King Institute of Preventive Medicine Micro-Biological Section reports 1909-11
Year: 1909
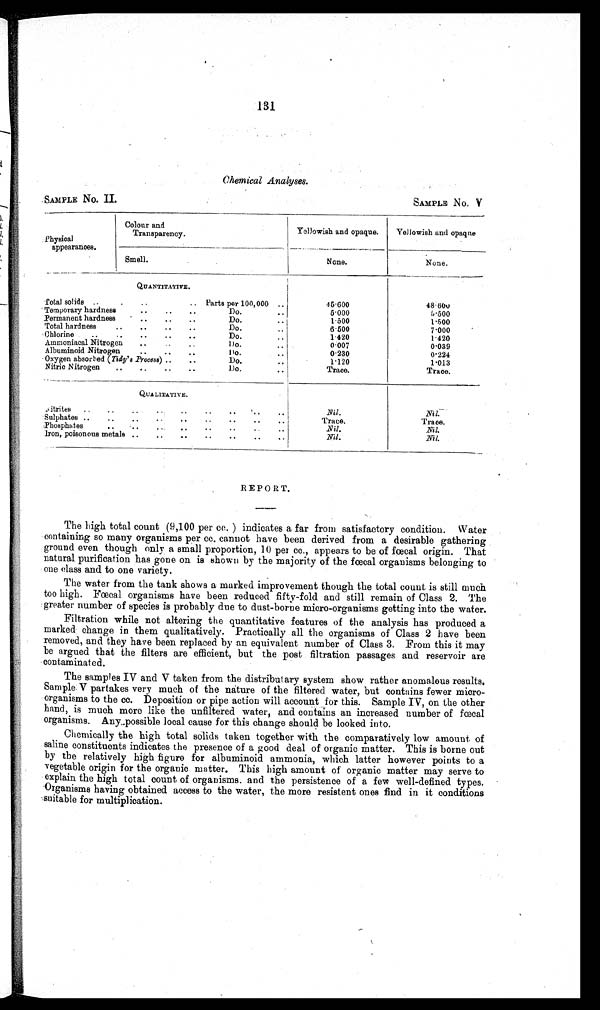
131
Chemical Analyses.
SAMPLE NO. II.
SAMPLE No. V
Physical
appearances.
Colour and
Transparency.
Yellowish and opaque.
Yellowish and opaque
Smell.
None.
None.
QUANTITATIVE.
T o t a l s o l i d s
. .
.
.
..
Parts per 100,000 ..
4 5 . 6 0 0
4 8 . 6 0 0
Temporary hardness..
.. ..
D o .
. .
5.000
5.500
Permanent hardness
•
• .. ..
Do.
..
1.500
1.500
Total hardness
..
• .. .. ..
Do.
..
6.500
7.000
Chlorine .. .. .. .. .. ..
Do
..
1.420
1 . 4 2 0
Ammoniacal Nitrogen ..
..
Do.
..
0007
0.039
Albuminoid Nitrogen
..
..
..
Do
..
0 . 2 3 0
0.224
Oxygen absorbed (Tidy's Process) ..
..
Do.
..
1.120
1.013
Nitric Nitrogen ..
..
..
..
.
Do.
..
Trace.
Trace.
QUALITATIVE.
Nitrites .. . .
. .
. .
. . . .
. .
. .
Nil.
Nil.
Sulphates ..
..
..
..
..
..
..
..
Trace.
Trace.
Phosphates
..
.. ..
..
...
Nil.
Nil.
Iron, poisonous metals ..
..
..
..
..
..
..
N i l .
Nil.
REPORT.
The high total count (9,100 per cc. ) indicates a far from satisfactory condition. Water
containing so many organisms per cc. cannot have been derived from a desirable gathering
ground even though only a small proportion, 10 per cc., appears to be of fœcal origin. That
natural purification has gone on is shown by the majority of the fœcal organisms belonging to
one class and to one variety.
The water from the tank shows a marked improvement though the total count is still much
too high. Fœcal organisms have been reduced fifty-fold and still remain of Class 2. The
greater number of species is probably due to dust-borne micro-organisms getting into the water.
Filtration while not altering the quantitative features of the analysis has produced a
marked change in them qualitatively. Practically all the organisms of Class 2 have been
removed, and they have been replaced by an equivalent number of Class 3. From this it may
be argued that the filters are efficient, but the post filtration passages and reservoir are
contaminated.
The samples IV and V taken from the distributary system show rather anomalous results.
Sample. V partakes very much of the nature of the filtered water, but contains fewer micro-
organisms to the cc. Deposition or pipe action will account for this. Sample IV, on the other
hand, is much more like the unfiltered water, and contains an increased number of fœcal
organisms. Any..possible local cause for this change should be looked into.
Chemically the high total solids taken together with the comparatively low amount of
saline constituents indicates the presence of a good deal of organic matter. This is borne out
by the relatively high figure for albuminoid ammonia, which latter however points to a
vegetable origin for the organic matter. This high amount of organic matter may serve to
explain the high total count of organisms. and the persistence of a few well-defined types.
Organisms having obtained access to the water, the more resistent ones find in it conditions
suitable for multiplication.